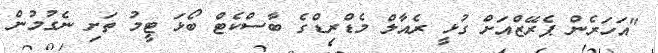
"އަހަރެން ޕެރޭޒްއަށް ގުޅީ ރެއާލް މެޑްރިޑްގެ ބާސްކެޓް ބޯޅަ ޓީމު ތަށި ނެގުމުން